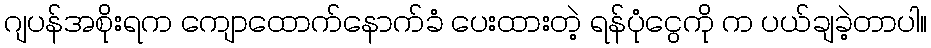
ဂျပန်အစိုးရက ကျောထောက်နောက်ခံ ပေးထားတဲ့ ရန်ပုံငွေကို က ပယ်ချခဲ့တာပါ။